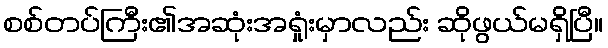
စစ်တပ်ကြီး၏အဆုံးအရှုံးမှာလည်း ဆိုဖွယ်မရှိပြီ။